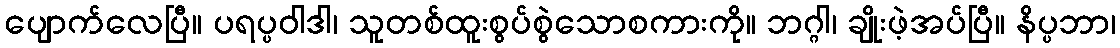
ပျောက်လေပြီ။ ပရပ္ပဝါဒါ၊ သူတစ်ထူးစွပ်စွဲသောစကားကို။ ဘဂ္ဂါ၊ ချိုးဖဲ့အပ်ပြီ။ နိပ္ပဘာ၊